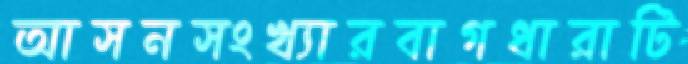
আসনসংখ্যারবাগধারাটি